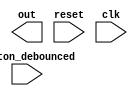
module ex3(
    output  reg [7:0]   out,
    input button_debounced,
    input reset,
    input clk
    );

    localparam STATE_INITIAL = 0;
    localparam STATE_T00 = 1;
    localparam STATE_T01 = 2;

    reg button_pressed;

    reg [31:0]  red;
    reg [31:0]  green;
    reg [1:0]   currentState;
    reg [1:0]   nextState;
	 
	 initial begin
		red = 0;
		green = 0;
		currentState = STATE_INITIAL;
		button_pressed = 0;
	 end
	 
		
		
	
	 //TODO: setarea outputului, si pregatirea starii urmatoare
	 //Pentru acest lucru, folositi-va de constantele
	 // `SMPHR_RED_TMR
	 // `SMPHR_GRN_TMR
	 // pentru a face tranzitia de la culoarea rosie la culoarea
	 // verde a semaforului.
	 
    always @(posedge clk) begin
        case (currentState)
        endcase
        currentState = nextState;
    end
endmodule